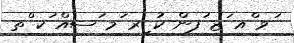
ަވ ްއ ަޒ ުފން ކު ިރ ަމ ަސއް ަކ ްތ